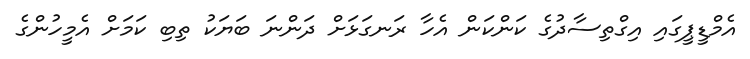
އެމްޑީޕީގައި އިގްތިސާދުގެ ކަންކަން އެހާ ރަނގަޅަށް ދަންނަ ބަޔަކު ތިބި ކަމަށް އެމީހުންގެ